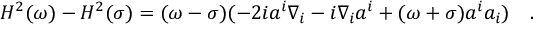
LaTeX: H ^ { 2 } ( \omega ) - H ^ { 2 } ( \sigma ) = ( \omega - \sigma ) ( - 2 i a ^ { i } \nabla _ { i } - i \nabla _ { i } a ^ { i } + ( \omega + \sigma ) a ^ { i } a _ { i } ) ~ ~ ~ .